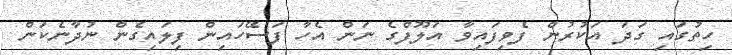
ހިތުގައި ގަދަ އަކުރުން ފެވިފައިވާ އަލޫފްގެ ނަން އެހާ ފަސޭހައިން ފިލައިގެން ނުދާނެކަން